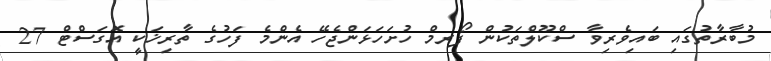
މުބާރާތުގައި ބައިވެރިވާ ސްކޫލްތަކުން ފޯރމް ހުށަހަޅަންޖެހޭ އެންމެ ފަހުގެ ތާރިޚަކީ އޮގަސްޓް 27